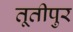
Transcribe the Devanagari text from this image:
तूतीपुर